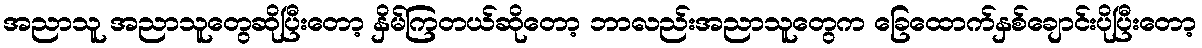
အညာသူ အညာသူတွေဆိုပြီးတော့ နှိမ်ကြတယ်ဆိုတော့ ဘာလည်းအညာသူတွေက ခြေထောက်နှစ်ချောင်းပိုပြီးတော့